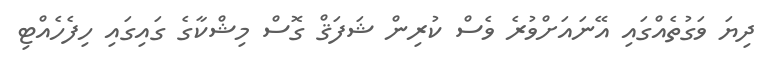
ދިޔަ ވަގުތެއްގައި އޭނައަށްވުރެ ވެސް ކުރިން ޝަފަޤް ގޮސް މިޝްކާގެ ގައިގައި ހިފެހެއްޓި